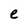
Character: e